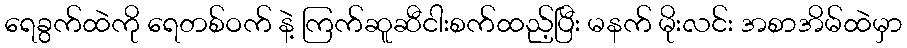
ရေခွက်ထဲကို ရေတစ်ဝက် နဲ့ ကြက်ဆူဆီငါးစက်ထည့်ပြီး မနက် မိုးလင်း အစာအိမ်ထဲမှာ